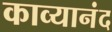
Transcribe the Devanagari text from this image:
काव्यानंद